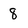
Character: 8